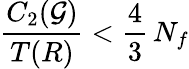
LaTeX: \frac{C_{2}(\mathcal G)}{T(R)}<\frac{4}{3}\, N_{f}